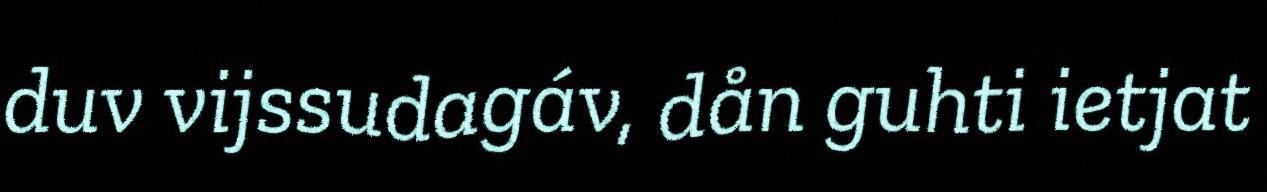
duv vijssudagáv, dån guhti ietjat